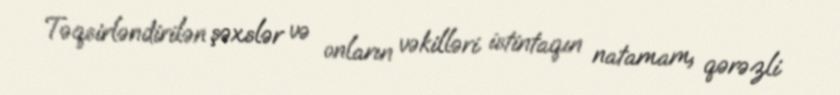
Təqsirləndirilən şəxslər və onların vəkilləri istintaqın natamam, qərəzli